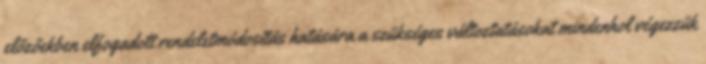
előzőekben elfogadott rendeletmódosítás hatására a szükséges változtatásokat mindenhol végezzük